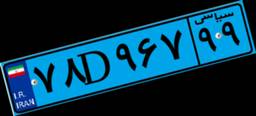
۷۸D۹۶۷۹۹